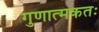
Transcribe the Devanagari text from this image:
गुणात्मकतः